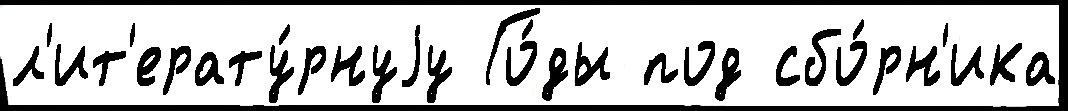
л'ит'ерату́рнуjу Го́ды под сбо́рн'ика